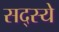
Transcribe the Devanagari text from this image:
सद्स्ये